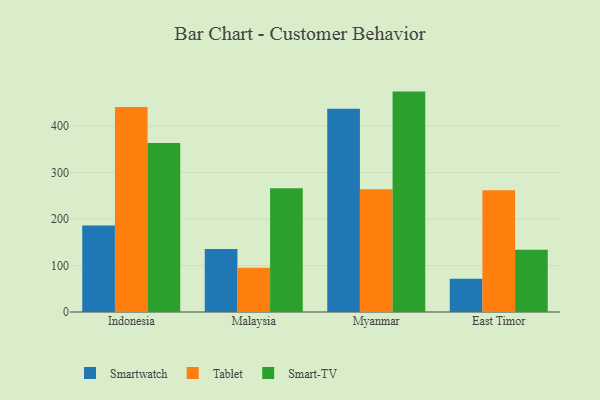
{"axis": {"x": "Country", "y": "Production Output"}, "legend": ["Smart-TV", "Smartwatch", "Tablet"], "data": [{"x": "Indonesia", "y": 186.0, "type": "Smartwatch"}, {"x": "Indonesia", "y": 441.2, "type": "Tablet"}, {"x": "Indonesia", "y": 363.9, "type": "Smart-TV"}, {"x": "Malaysia", "y": 135.5, "type": "Smartwatch"}, {"x": "Malaysia", "y": 95.4, "type": "Tablet"}, {"x": "Malaysia", "y": 266.5, "type": "Smart-TV"}, {"x": "Myanmar", "y": 437.6, "type": "Smartwatch"}, {"x": "Myanmar", "y": 264.2, "type": "Tablet"}, {"x": "Myanmar", "y": 474.5, "type": "Smart-TV"}, {"x": "East Timor", "y": 71.7, "type": "Smartwatch"}, {"x": "East Timor", "y": 261.9, "type": "Tablet"}, {"x": "East Timor", "y": 134.1, "type": "Smart-TV"}]}